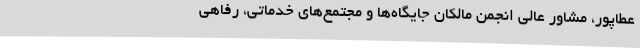
عطاپور، مشاور عالی انجمن مالکان جایگاه‌ها و مجتمع‌های خدماتی، رفاهی